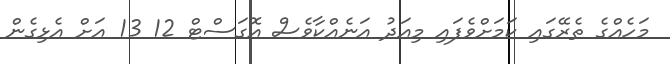
މަހެއްގެ ތެރޭގައި ކަމަށްވެފައި މިއަދު އަނެއްކާވެސް އޮގަސްޓް 12 13 އަށް އެޅިގެން